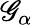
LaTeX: \mathscr{G}_{\alpha}